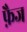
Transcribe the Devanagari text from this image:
फ़ैज